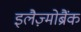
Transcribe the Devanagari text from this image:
इलैज़्मोब्रैंक